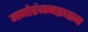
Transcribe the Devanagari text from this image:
मनोरंजनप्रधान